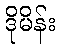
ဒိုမိန်း